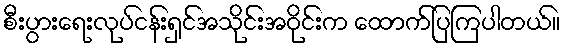
စီးပွားရေးလုပ်ငန်းရှင်အသိုင်းအဝိုင်းက ထောက်ပြကြပါတယ်။